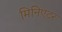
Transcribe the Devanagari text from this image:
मिनिएटर